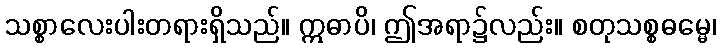
သစ္စာလေးပါးတရားရှိသည်။ ဣဓာပိ၊ ဤအရာ၌လည်း။ စတုသစ္စဓမ္မေ၊